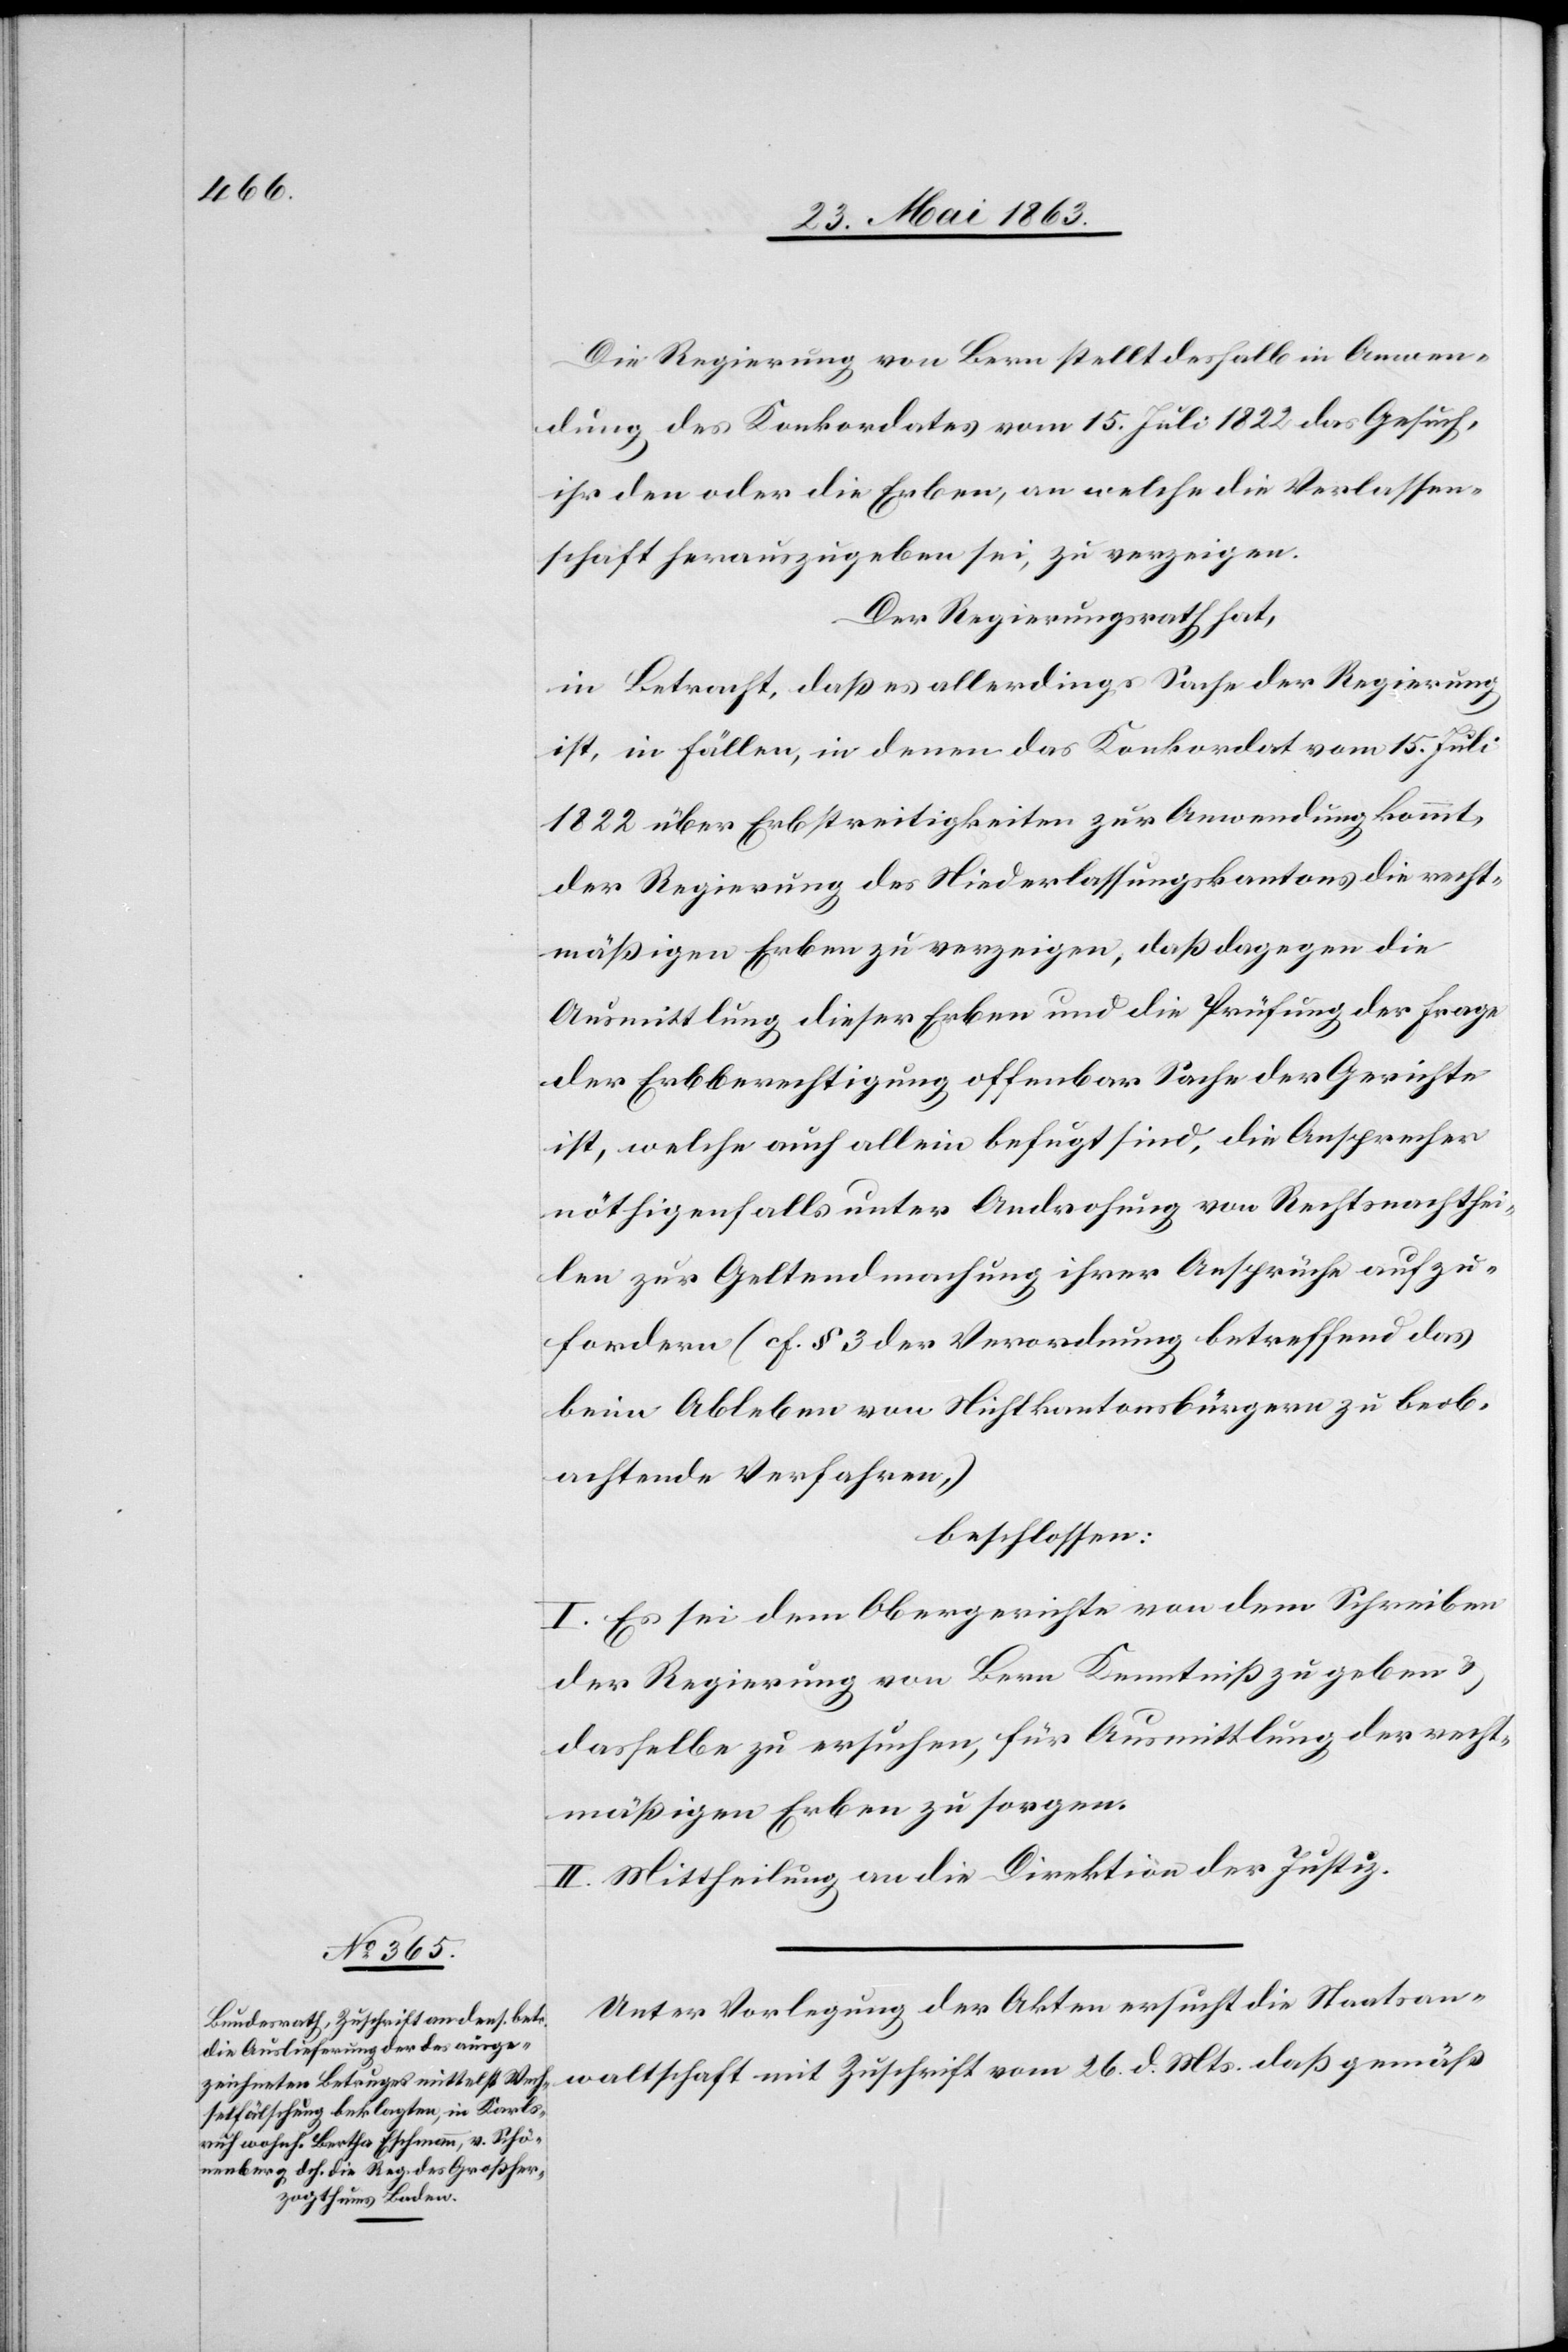
1. Juni 1863.]
Die Regierung von Bern stellt deshalb in Anwen¬
dung des Konkordates vom 15. Juli 1822 das Gesuch,
ihr den oder die Erben, an welche die Verlassen¬
schaft herauszugeben sei, zu verzeigen.
Der Regierungsrath hat,
in Betracht, daß es allerdings Sache der Regierung
ist, in Fällen, in denen das Konkordat vom 15. Juli
1822 über Erbstreitigkeiten zur Anwendung kommt,
der Regierung des Niederlassungskantons die recht¬
mäßigen Erben zu verzeigen, daß dagegen die
Ausmittlung dieser Erben und die Prüfung der Frage
der Erbberechtigung offenbar Sache der Gerichte
ist, welche auch allein befugt sind, die Ansprecher
nöthigenfalls unter Androhung von Rechtsnachtei¬
len zur Geltendmachung ihrer Ansprüche aufzu¬
fordern (cf. § 3 der Verordnung betreffend das
beim Ableben von Nichtkantonsbürgern zu beob¬
achtende Verfahren,)
beschlossen:
I. Es sei dem Obergerichte von dem Schreiben
der Regierung von Bern Kenntniß zu geben &
dasselbe zu ersuchen, für Ausmittlung der recht¬
mäßigen Erben zu sorgen.
II. Mittheilung an die Direktion der Justiz.
Unter Vorlegung der Akten ersucht die Staatsan¬
waltschaft mit Zuschrift vom 26. d. Mts. daß gemäß